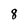
Character: 8